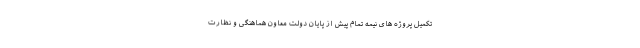
تکمیل پروژه های نیمه تمام پیش از پایان دولت معاون هماهنگی و نظارت